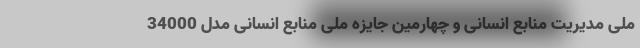
ملی مدیریت منابع انسانی و چهارمین جایزه ملی منابع انسانی مدل 34000